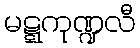
မဋ္ဋကုဏ္ဍလီ